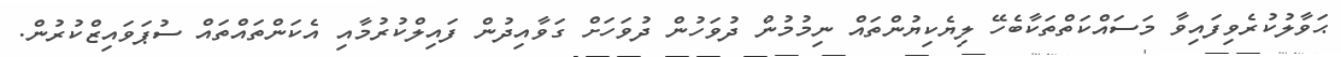
ޙަވާލުކުރެވިފައިވާ މަސައްކަތްތަކާބެހޭ ލިޔެކިޔުންތައް ނިމުމުން ދުވަހުން ދުވަހަށް ގަވާއިދުން ފައިލްކުރުމާއި އެކަންތައްތައް ސުޕަވައިޒްކުރުން.